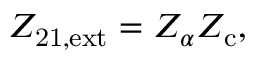
Z _ { \mathrm { 2 1 , e x t } } = Z _ { \alpha } Z _ { \mathrm { c } } ,